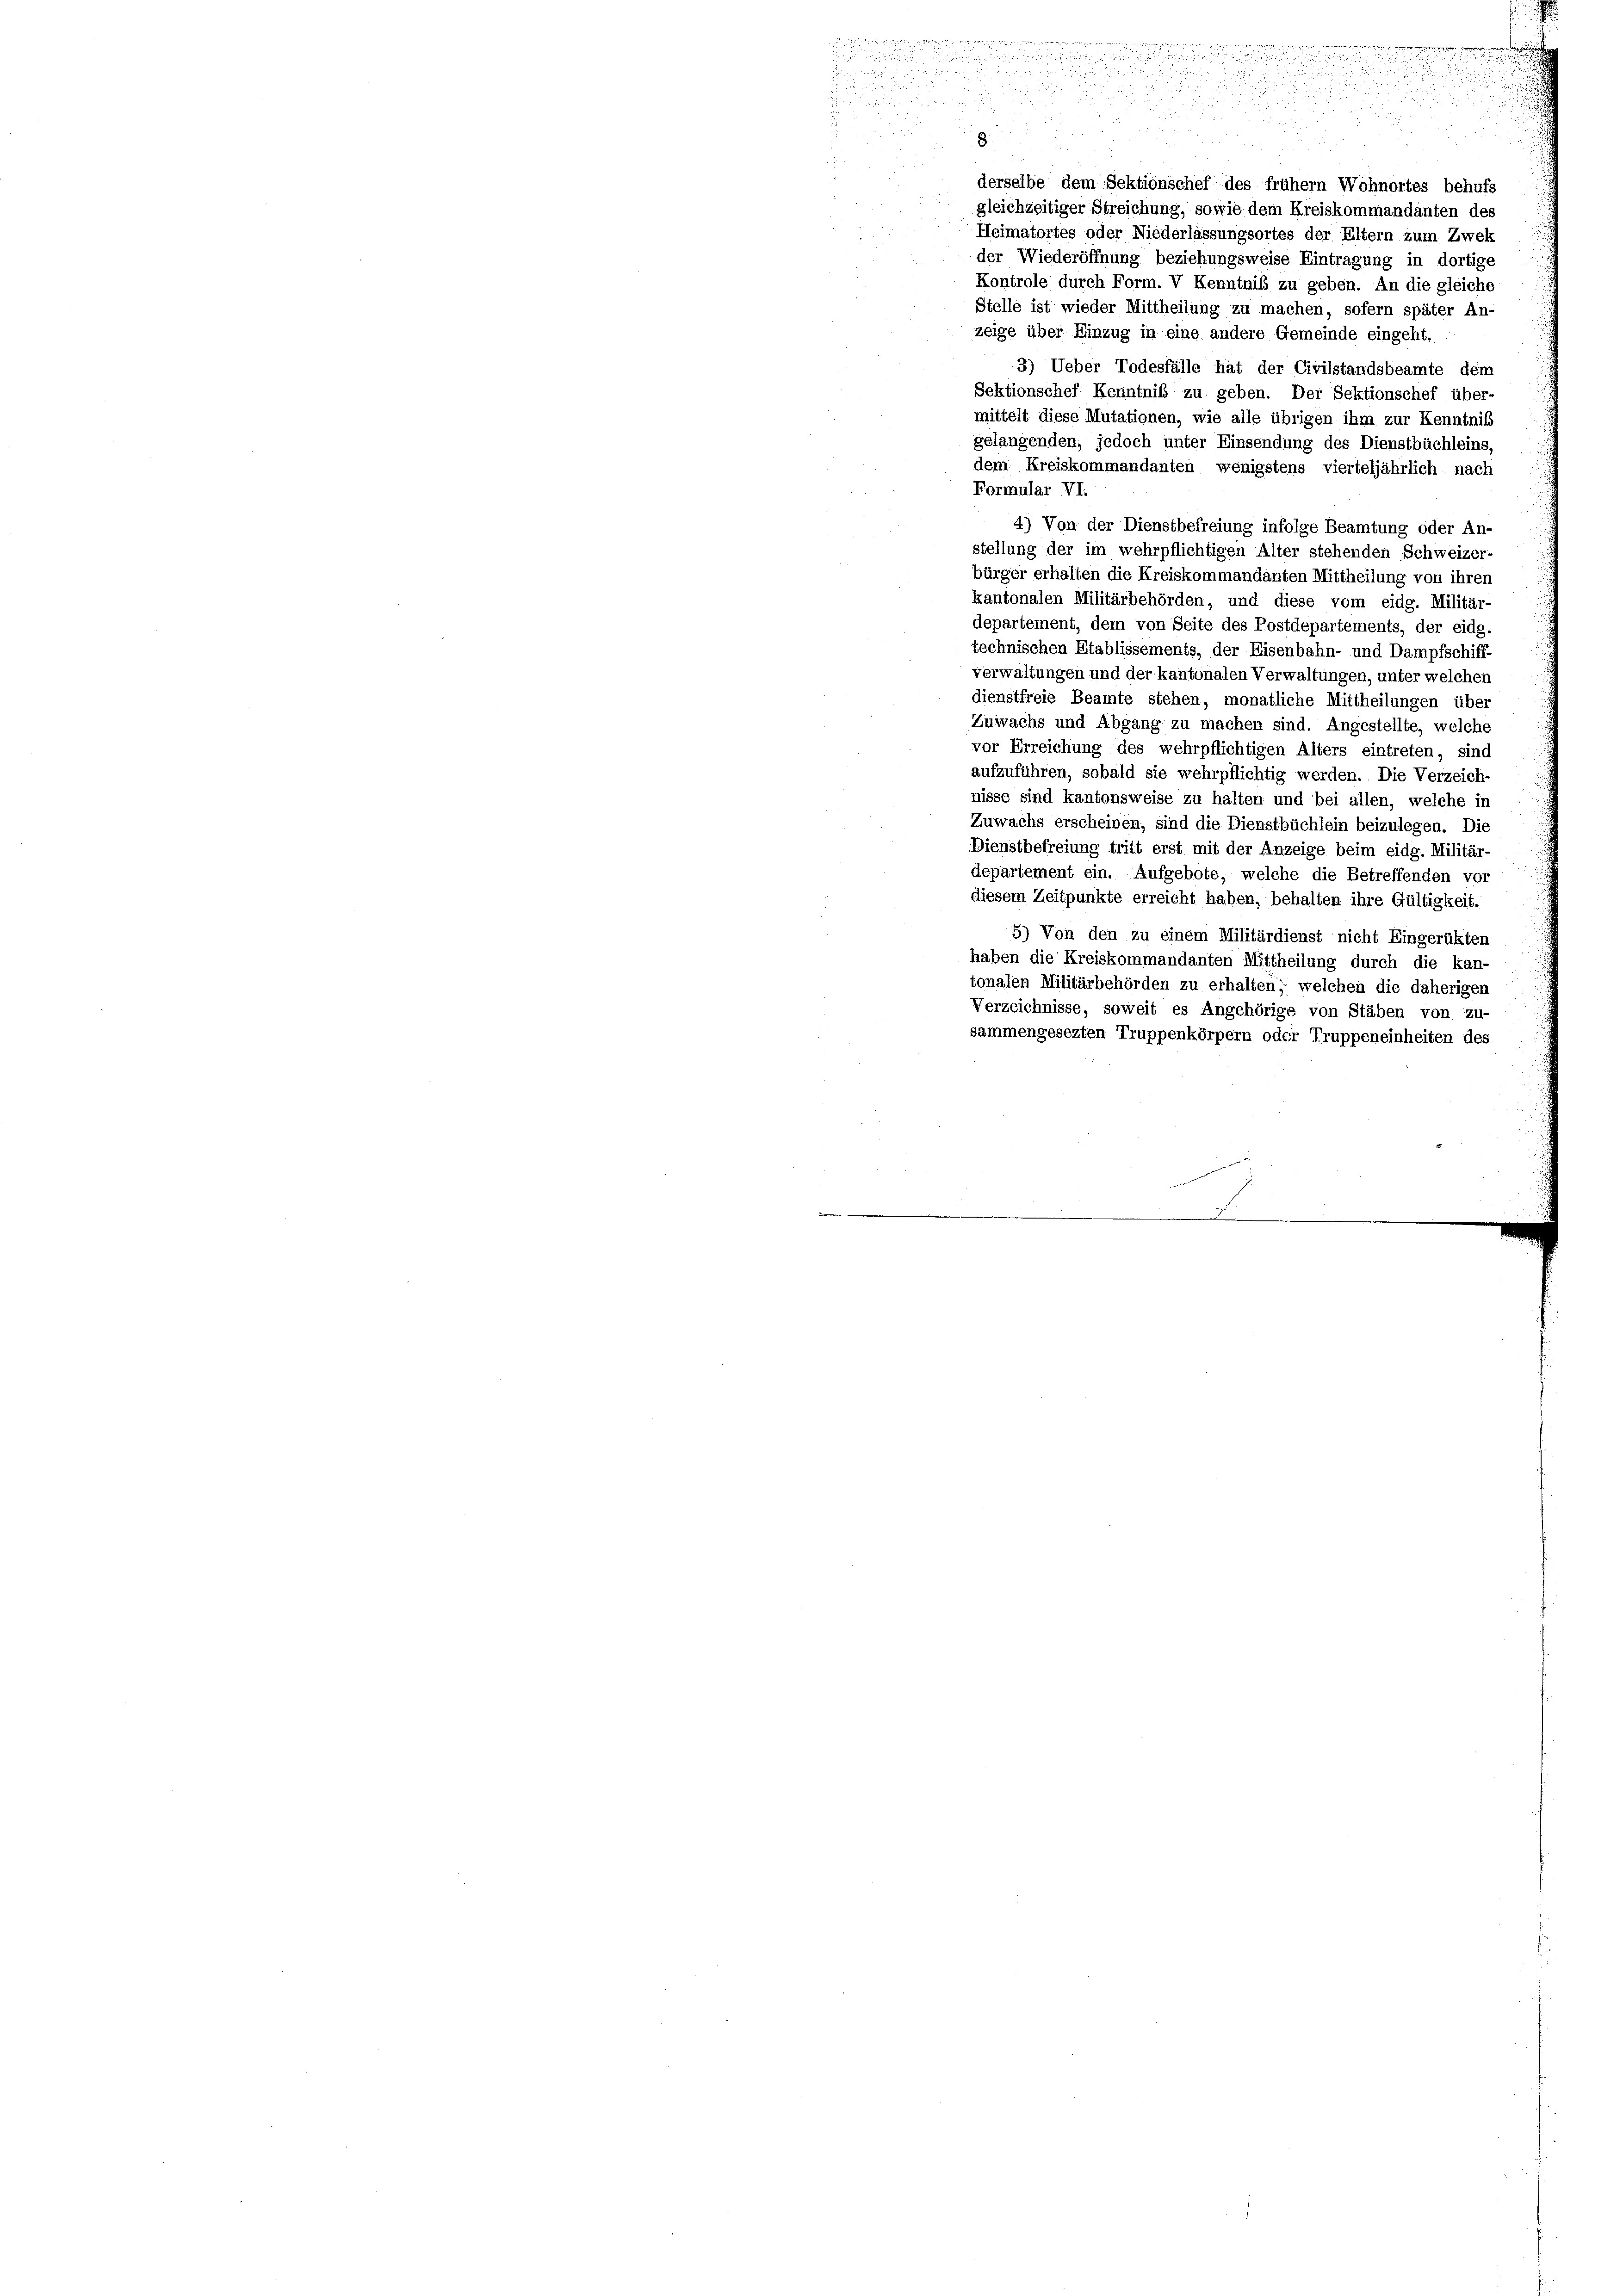
Heimatortes oder Niederlassungsortes der Eltern zum Zwec
der Wiederöffnung beziehungsweise Eintragung in dortige
Kontrole durch Form. V Kenntniss zu geben. An die gleiche
Stelle ist wieder Mittheilung zu machen, sofern später An-
zeige über Einzug in eine andere Gemeinde eingeht.
3) Ueber Todesfälle hat der Civilstandsbeamte dem
Sektionschef Kenntniß zu geben. Der Sektionschef über-
mittelt diese Mutationen, wie alle übrigen ihm zur Kenntniß
gelangenden, jedoch unter Einsendung des Dienstbüchleins,
dem Kreiskommandanten, wenigstens vierteljährlich nach
Formular VI.
4) Von der Dienstbefreiung infolge Beamtung oder An-
stellung der im wehrpflichtigen Alter stehenden Schweizer-
bürger erhalten die Kreiskommandanten Mittheilung von ihren
kantonalen Militärbehörden, und diese vom eidg. Militär
departement, dem von Seite des Postdepartements, der eidg.
technischen Etablissements, der Eisenbahn- und Dampfschiff-
verwaltungen und der kantonalen Verwaltungen, unter welchen
dienstfreie Beamte stehen, monatliche Mittheilungen über
Zuwachs und Abgang zu machen sind. Angestellte, welche
vor Erreichung des wehrpflichtigen Alters eintreten, sind
aufzuführen, sobald sie wehrpflichtig werden. Die Verzeich-
nisse sind kantonsweise zu halten und bei allen, welche in
Zuwachs erscheinen, sind die Dienstbüchlein beizulegen. Die
Dienstbefreiung tritt erst mit der Anzeige beim eidg. Militär-
departement ein. Aufgebote, welche die Betreffenden vor
diesem Zeitpunkte erreicht haben, behalten ihre Gültigkeit.
5) Von den zu einem Militärdienst nicht Eingerükten
haben die Kreiskommandanten Mittheilung durch die kan-
tonalen Militärbehörden zu erhalten, welchen die daherigen
Verzeichnisse, soweit es Angehörige von Stäben von zu-
sammengesezten Truppenkörpern oder Truppeneinheiten des

e
3
.

u

n
n
u
 wucht in die

u

.
.
s
i
e

.
55

8
d
derselbe dem Sektionschef des frühem Wohnortes behufs
gleichzeitiger Streichung, sowie dem Kreiskommandanten des